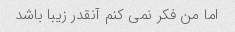
اما من فکر نمی کنم آنقدر زیبا باشد